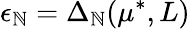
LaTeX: \epsilon_{\mathbb{N}}=\Delta_{\mathbb{N}}(\mu^{*},L)